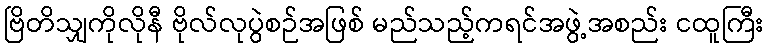
ဗြိတိသျှကိုလိုနီ ဗိုလ်လုပွဲစဉ်အဖြစ် မည်သည့်ကရင်အဖွဲ့အစည်း ငထူကြီး